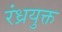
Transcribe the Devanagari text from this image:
रंध्रयुक्त